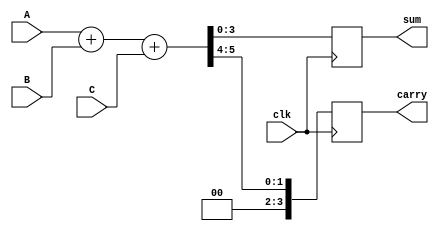
module DynamicCarrySaveAdder #(parameter N = 4)( // N is the bit-width
    input  [N-1:0] A,   // First input
    input  [N-1:0] B,   // Second input
    input  [N-1:0] C,   // Third input
    input  clk,         // Clock signal
    output reg [N-1:0] sum, // Sum output
    output reg [N-1:0] carry // Carry output
);

    reg [N-1:0] S; // Intermediate sum
    reg [N-1:0] C_out; // Intermediate carry output

    // Half Adder
    function [1:0] half_adder(input a, input b);
        begin
            half_adder[0] = a ^ b;   // Sum
            half_adder[1] = a & b;   // Carry
        end
    endfunction

    // Full Adder
    function [2:0] full_adder(input a, input b, input cin);
        begin
            full_adder[0] = a ^ b ^ cin; // Sum
            full_adder[1] = (a & b) | (cin & (a ^ b)); // Carry
            full_adder[2] = (a & b) & cin; // Overflow to next stage
        end
    endfunction

    always @(posedge clk) begin
        // Calculate partial sums and carries
        {C_out, S} = A + B + C; // Direct addition
        
        // Save the sum and carry for output
        sum <= S; // Output sum
        carry <= C_out; // Output carries (if any)
    end

endmodule